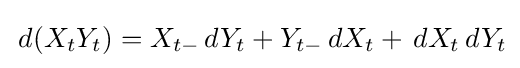
\,d(X_{t}Y_{t})=X_{t-}\,dY_{t}+Y_{t-}\,dX_{t}+\,dX_{t}\,dY_{t}